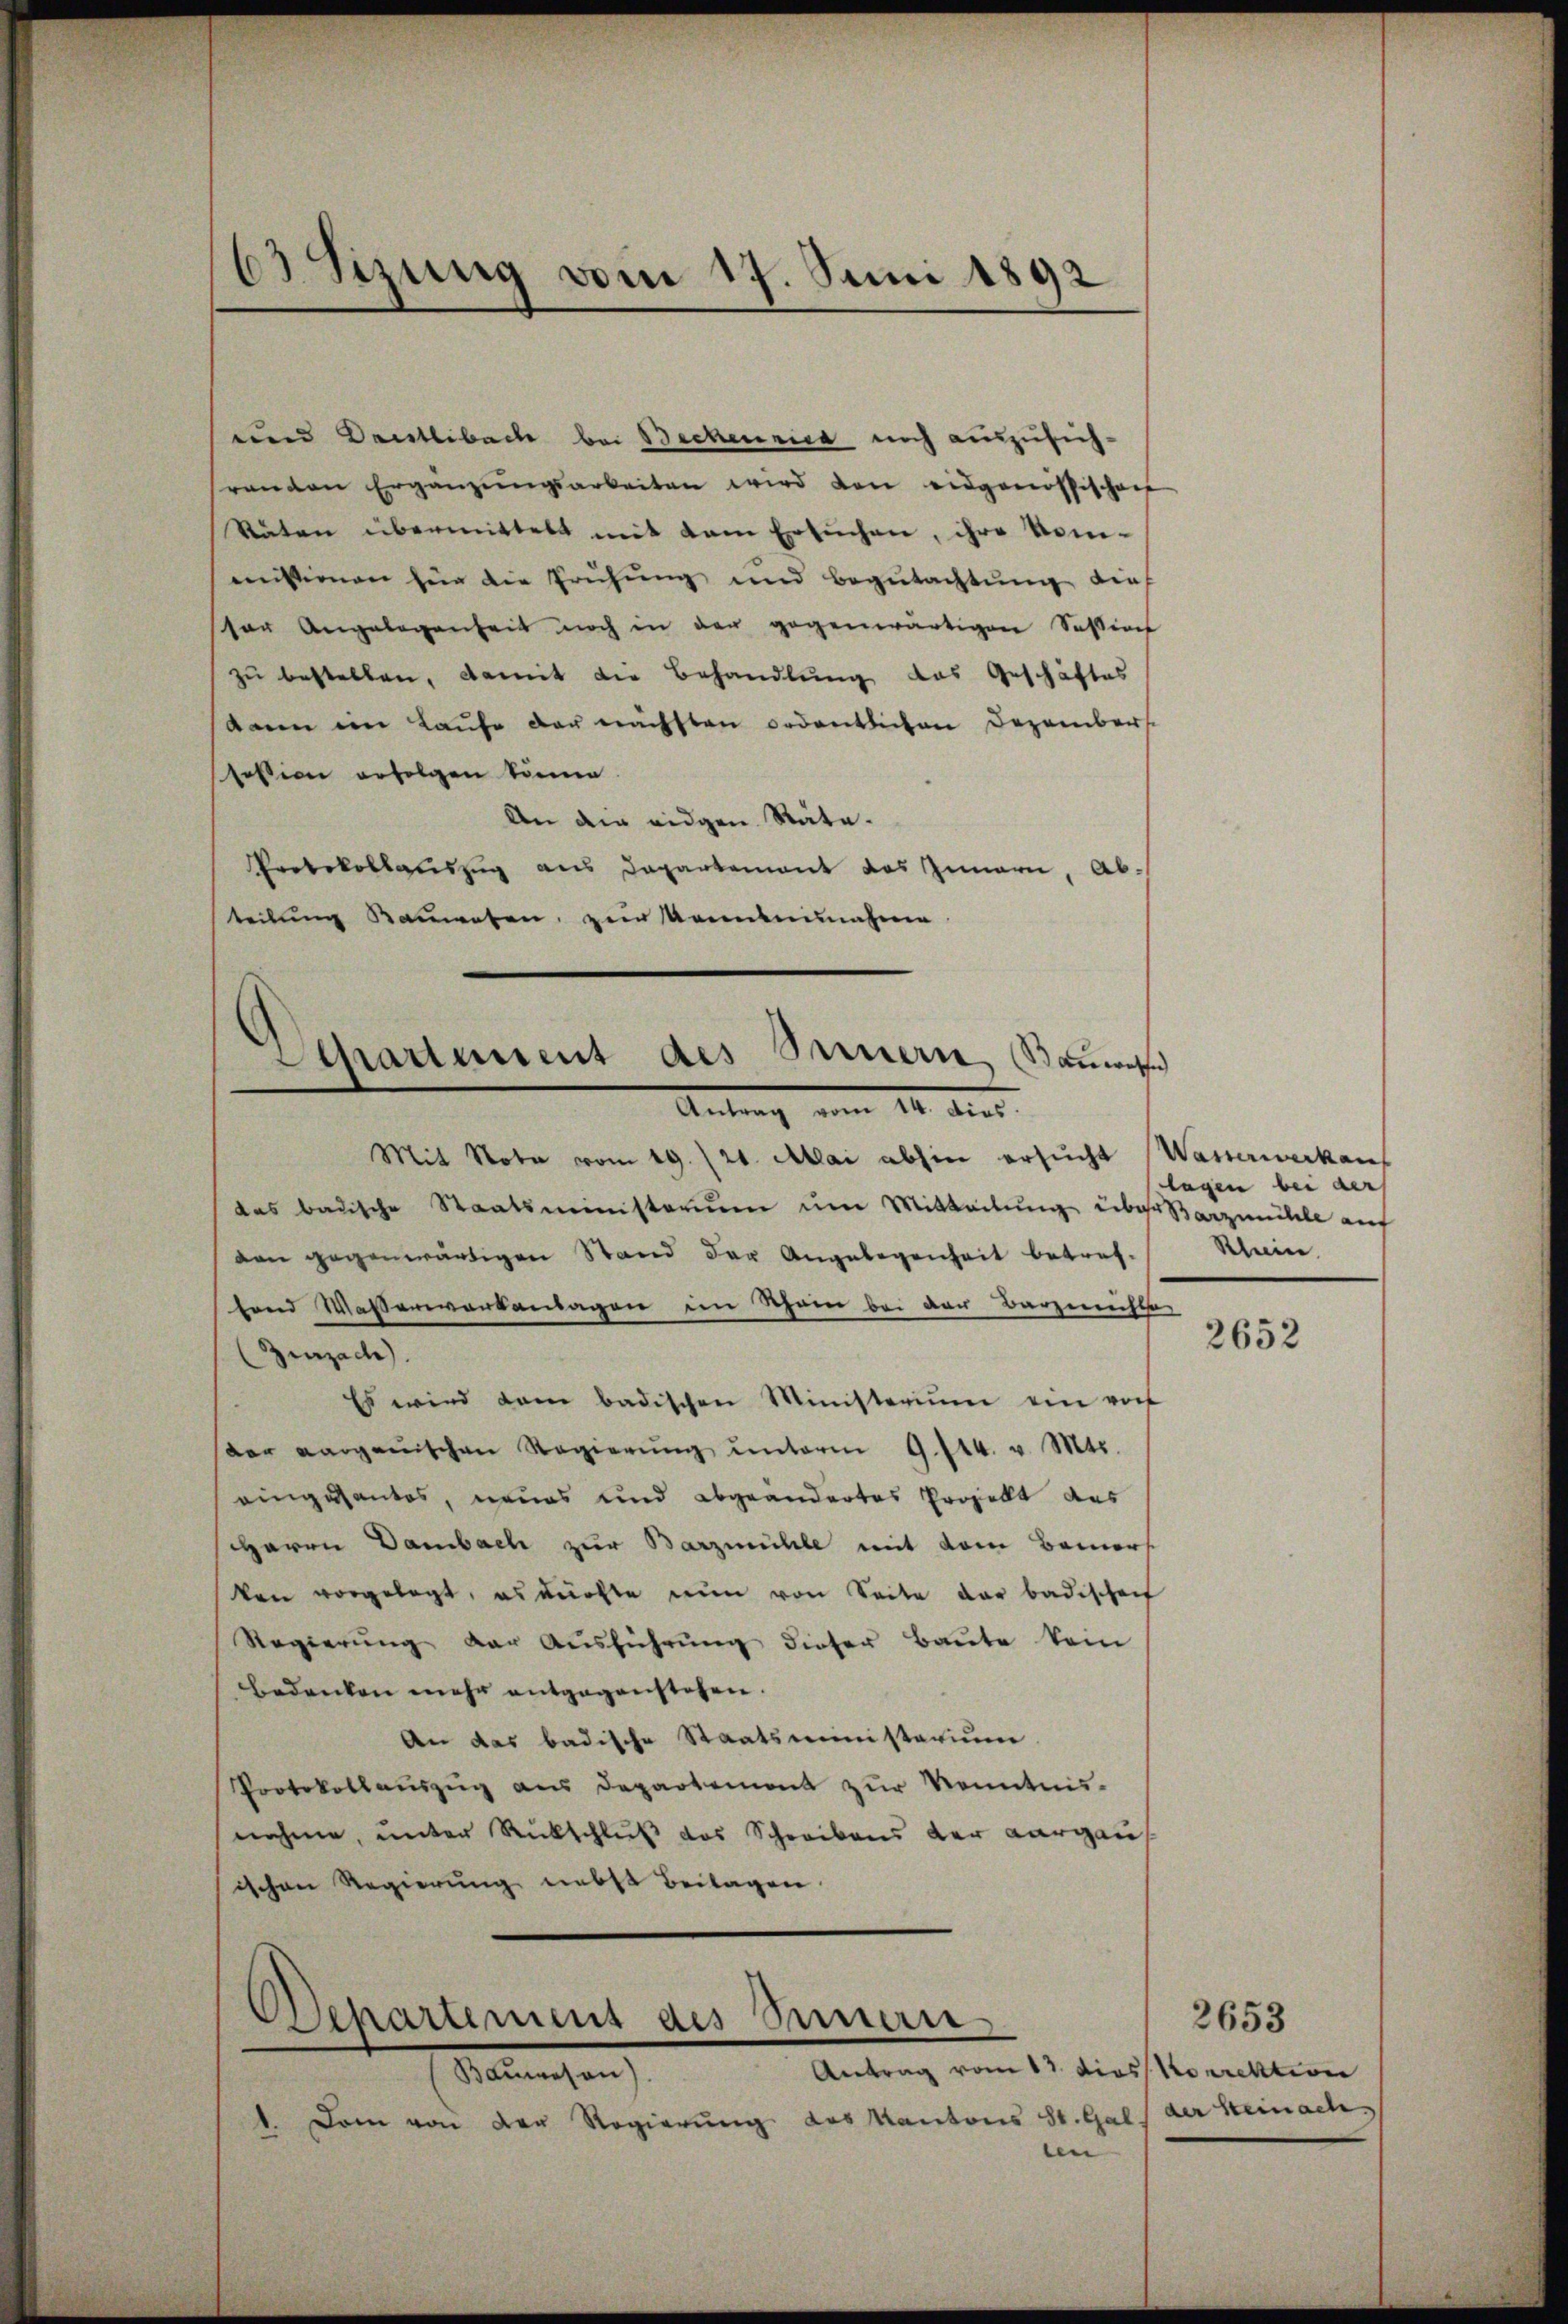
63 Sizung vom 17. Juni 1892

und Deutlibach bei Bechennica noch auszusich-
randen Ergänzŭngsarbeiten wird den eidgenössischen
Räten übermittelt mit dem Ersuchen, ihre Nomimissionen für die Prüfung und Begutachtung die
ser Angelegenheit noch in der gegenwärtigen Session
zu bestellen, damit die Behandlung das Geschäftes
daren im Kaufe der nächsten ordentlichen Dezembert
session erfolgen könne.
An die eidgen. Räte.
Protokollauszug aus Departement das Innern, Abteilung Rauweten, zur Mademinnahme

Departement des Innern, Bauwes

Departement des Innern

Antrag vom 12. dir.
Mit Nota vom 19. 21. Mai abhin ersucht
das badische Staatsministerium um Mitteilung über Barzmühle auf
von gegenwärtigen Stand der Angelegenheit betrefsend Wasserwerkenlagen im Schein bei der Barzeichte
Zurzach.
Es wird dan badischen Ministerium ein vot
der aarganischen Regierŭng ŭnterm 9. 144. v. Mts.
eingesantes, neues und abgeändertes Projekt des
Herrn Dambach zur Barzmühle mit dem Bemers
ken vorgelegt, es dürfte nun von Seite der badischen
Regierŭng der Aŭsführŭng dieser Baŭte kein
bedenken mehr entgegenstehen.
An das badische Staatsministerium
Protokollauszug aus Departement zur Kenntnis-
nahme, unter Rückschluß des Schreibens der Aargaus
ischen Regierung umbst Beilagen

Antrag vom 13. dies Vorrektion
Bauwesen).
1. Dem von der Regierung des Kantons St. Gal
en

Wasserwerken
lagen bei der
Rhein.

2652

2653
der Steinach